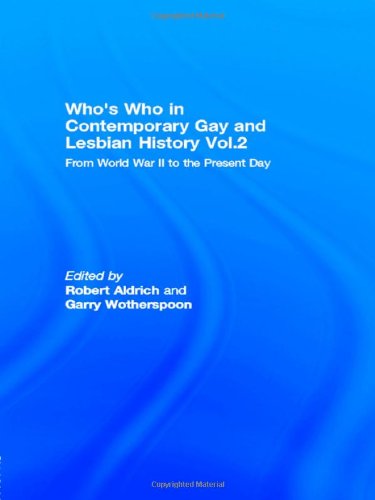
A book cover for Who's Who in Contemporary Gay and Lesbian History Vol.2: From World War II to the Present Day; Gay & Lesbian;